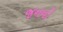
જનનો